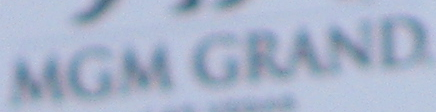
MGM GRAND